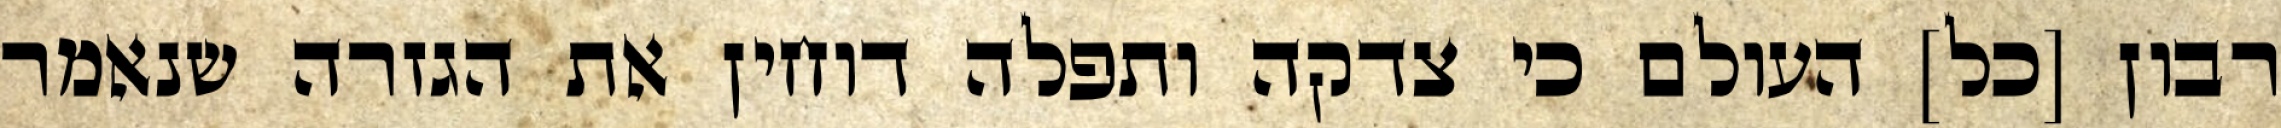
רבון [כל] העולם כי צדקה ותפלה דוחין את הגזרה שנאמר